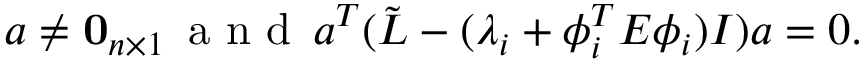
a \neq \mathbf { 0 } _ { n \times 1 } \, \mathrm { ~ a ~ n ~ d ~ } \, a ^ { T } ( \Tilde { L } - ( \lambda _ { i } + \phi _ { i } ^ { T } E \phi _ { i } ) I ) a = 0 .